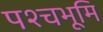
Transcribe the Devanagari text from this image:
पश्चभूमि